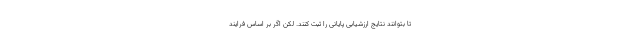
تا بتوانند نتایج ارزشیابی پایانی را ثبت کنند. لکن اگر بر اساس فرایند